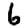
Digit: 6